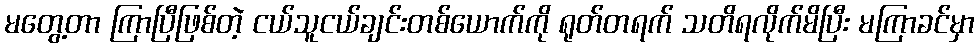
မတွေ့တာ ကြာပြီဖြစ်တဲ့ ငယ်သူငယ်ချင်းတစ်ယောက်ကို ရုတ်တရက် သတိရလိုက်မိပြီး မကြာခင်မှာ